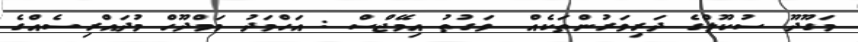
މަގޫދޫ ސުކޫލްގެ ދަރިވަރުންތަކެއް  ވަގުތު އިމޭޖްސް : އަހްމަދު މަމްދޫހް މުދައްރިސެއްގެ